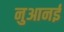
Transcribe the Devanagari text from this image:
नुआनई